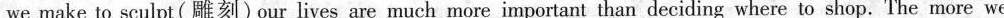
we make to sculpt(雕刻)our lives are much more important than deciding where to shop. The more we